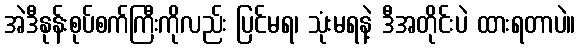
အဲဒီနုန်းစုပ်စက်ကြီးကိုလည်း ပြင်မရ၊ သုံးမရနဲ့ ဒီအတိုင်းပဲ ထားရတာပဲ။